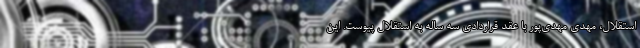
استقلال، مهدی مهدی‌پور با عقد قراردادی سه ساله به استقلال پیوست. این